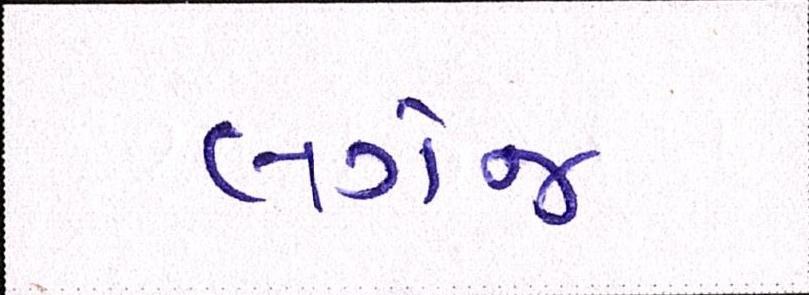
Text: લગેજ